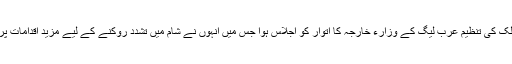
عرب ممالک کی تنظیم عرب لیگ کے وزارءِ خارجہ کا اتوار کو اجلاس ہوا جس میں انہوں نے شام میں تشدد روکنے کے لیے مزید اقدامات پر غور کیا۔